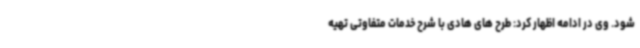
شود. وی در ادامه اظهار کرد: طرح های هادی با شرح خدمات متفاوتی تهیه